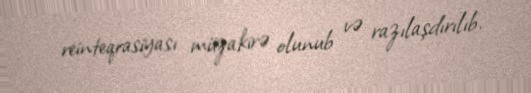
reinteqrasiyası müzakirə olunub və razılaşdırılıb.